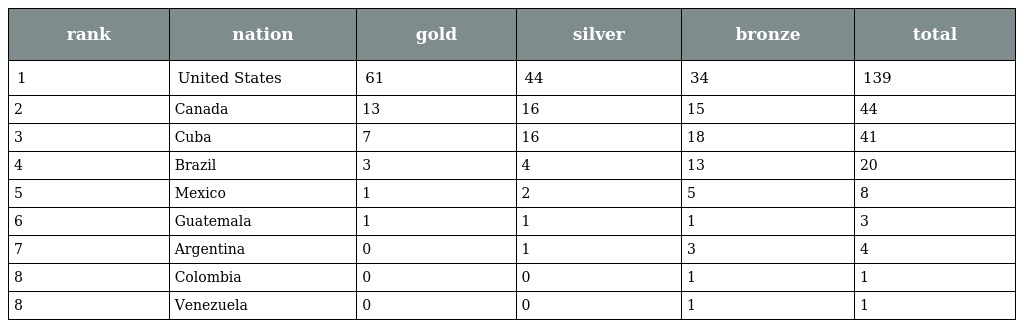
| rank | nation | gold | silver | bronze | total |
 | --- | --- | --- | --- | --- | --- |
 | 1 | United States | 61 | 44 | 34 | 139 |
 | 2 | Canada | 13 | 16 | 15 | 44 |
 | 3 | Cuba | 7 | 16 | 18 | 41 |
 | 4 | Brazil | 3 | 4 | 13 | 20 |
 | 5 | Mexico | 1 | 2 | 5 | 8 |
 | 6 | Guatemala | 1 | 1 | 1 | 3 |
 | 7 | Argentina | 0 | 1 | 3 | 4 |
 | 8 | Colombia | 0 | 0 | 1 | 1 |
 | 8 | Venezuela | 0 | 0 | 1 | 1 |